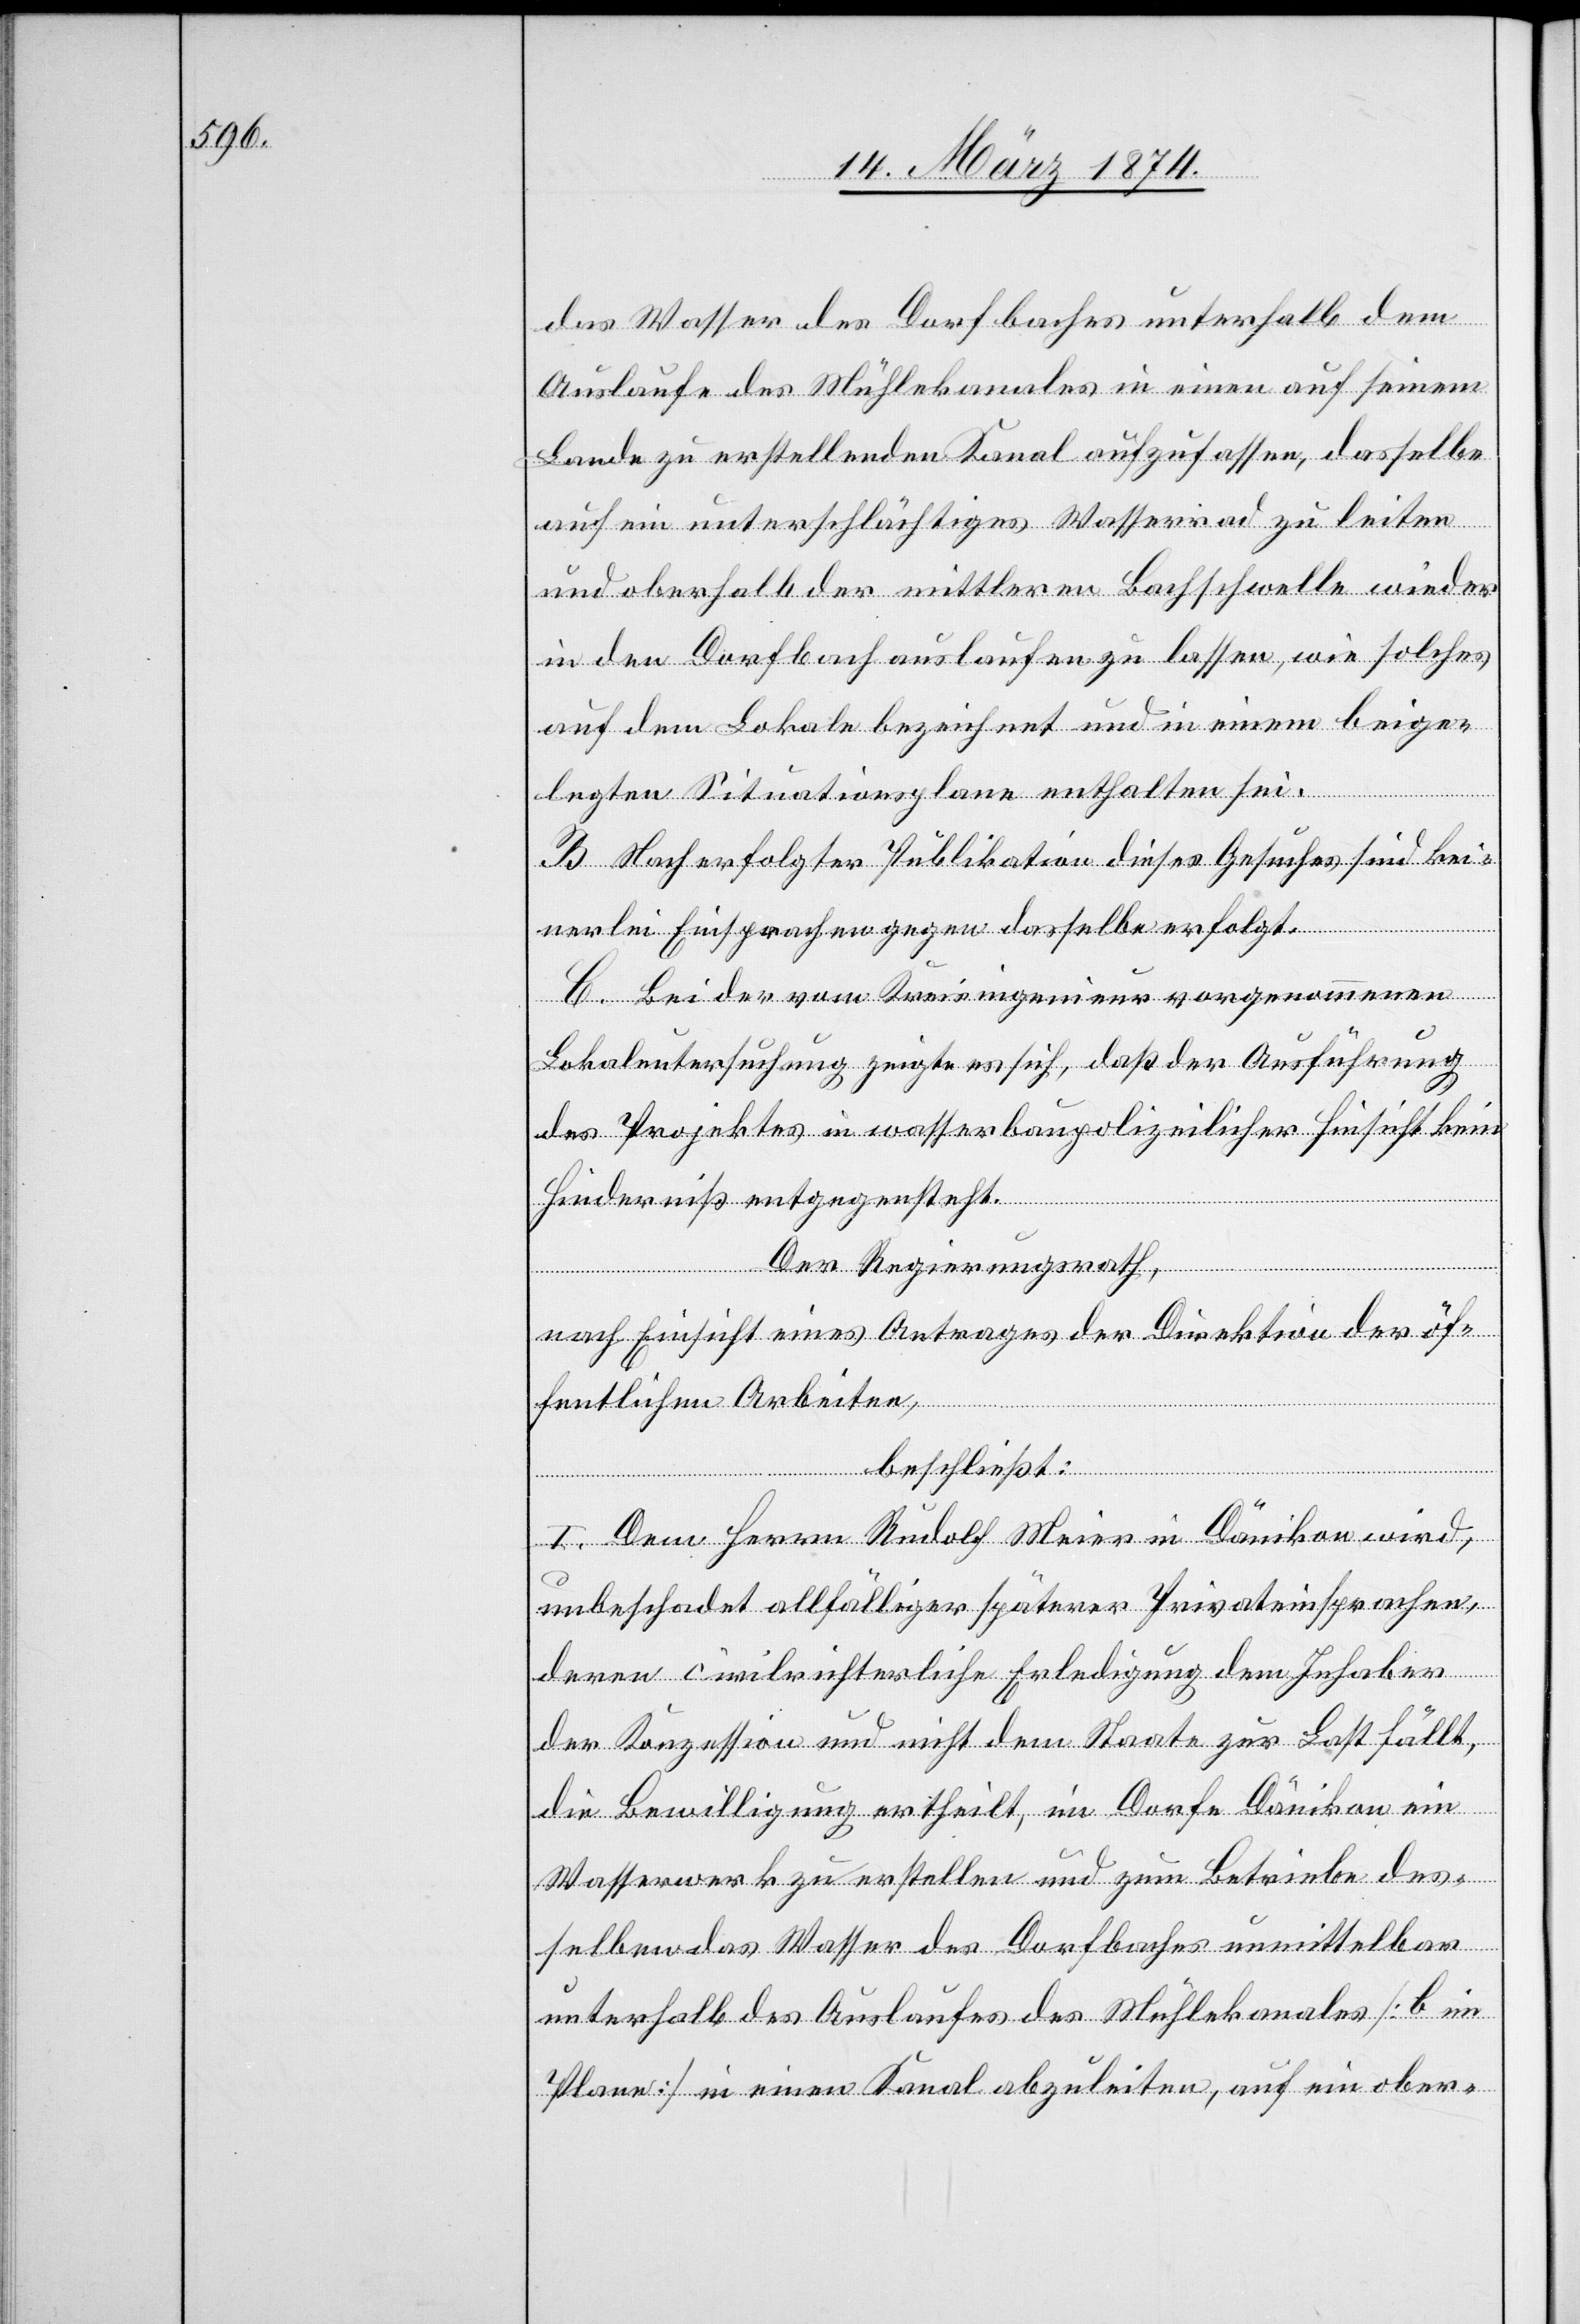
das Wasser des Dorfbaches unterhalb dem
Auslaufe des Mühlenkanales in einen auf seinem
Lande zu erstellenden Kanal aufzufassen, dasselbe
auf ein unterschlächtiges Wasserrad zu leiten
und oberhalb der mittleren Bachschwelle wieder
in den Dorfbach auslaufen zu lassen, wie solches
auf dem Lokale bezeichnet und in einem beige¬
legten Situationsplane enthalten sei.
B. Nach erfolgter Publikation dieses Gesuches sind kei¬
nerlei Einsprachen gegen dasselbe erfolgt.
C. Bei der vom Kreisingenieur vorgenommenen
Lokaluntersuchung zeigte es sich, daß der Ausführung
des Projektes in wasserbaupolizeilicher Hinsicht kein
Hinderniß entgegensteht.
Der Regierungsrath,
nach Einsicht eines Antrages der Direktion der öf¬
fentlichen Arbeiten,
beschließt:
I. Dem Herrn Rudolf Meier in Dänikon wird,
unbeschadet allfälliger späterer Privateinsprachen,
deren civilrichterliche Erledigung dem Inhaber
der Konzession und nicht dem Staate zur Last fällt,
die Bewilligung ertheilt, im Dorfe Dänikon ein
Wasserwerk zu erstellen und zum Betriebe des¬
selben das Wasser des Dorfbaches unmittelbar
unterhalb des Auslaufes des Mühlekanales [b im
Plane] in einen Kanal abzuleiten, auf ein ober-